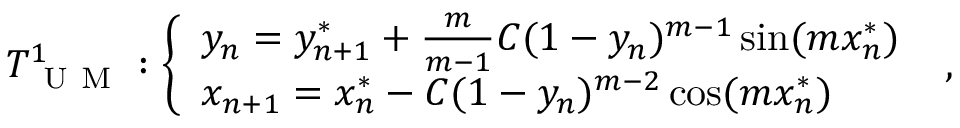
T _ { \mathrm { ~ U ~ M ~ } } ^ { 1 } : \left\{ \begin{array} { l l } { y _ { n } = y _ { n + 1 } ^ { * } + \frac { m } { m - 1 } C ( 1 - y _ { n } ) ^ { m - 1 } \sin ( m x _ { n } ^ { * } ) } \\ { x _ { n + 1 } = x _ { n } ^ { * } - C ( 1 - y _ { n } ) ^ { m - 2 } \cos ( m x _ { n } ^ { * } ) } \end{array} \right. ~ ,